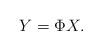
LaTeX: \begin{align*}Y=\Phi X.\end{align*}